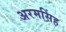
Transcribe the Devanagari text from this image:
अरमसिंह